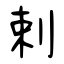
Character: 剌